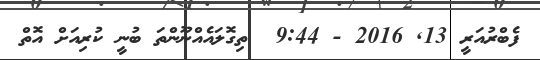
ފެބްރުއަރީ 13